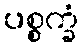
ပစ္စက္ခံ